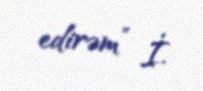
edirəm” İ.